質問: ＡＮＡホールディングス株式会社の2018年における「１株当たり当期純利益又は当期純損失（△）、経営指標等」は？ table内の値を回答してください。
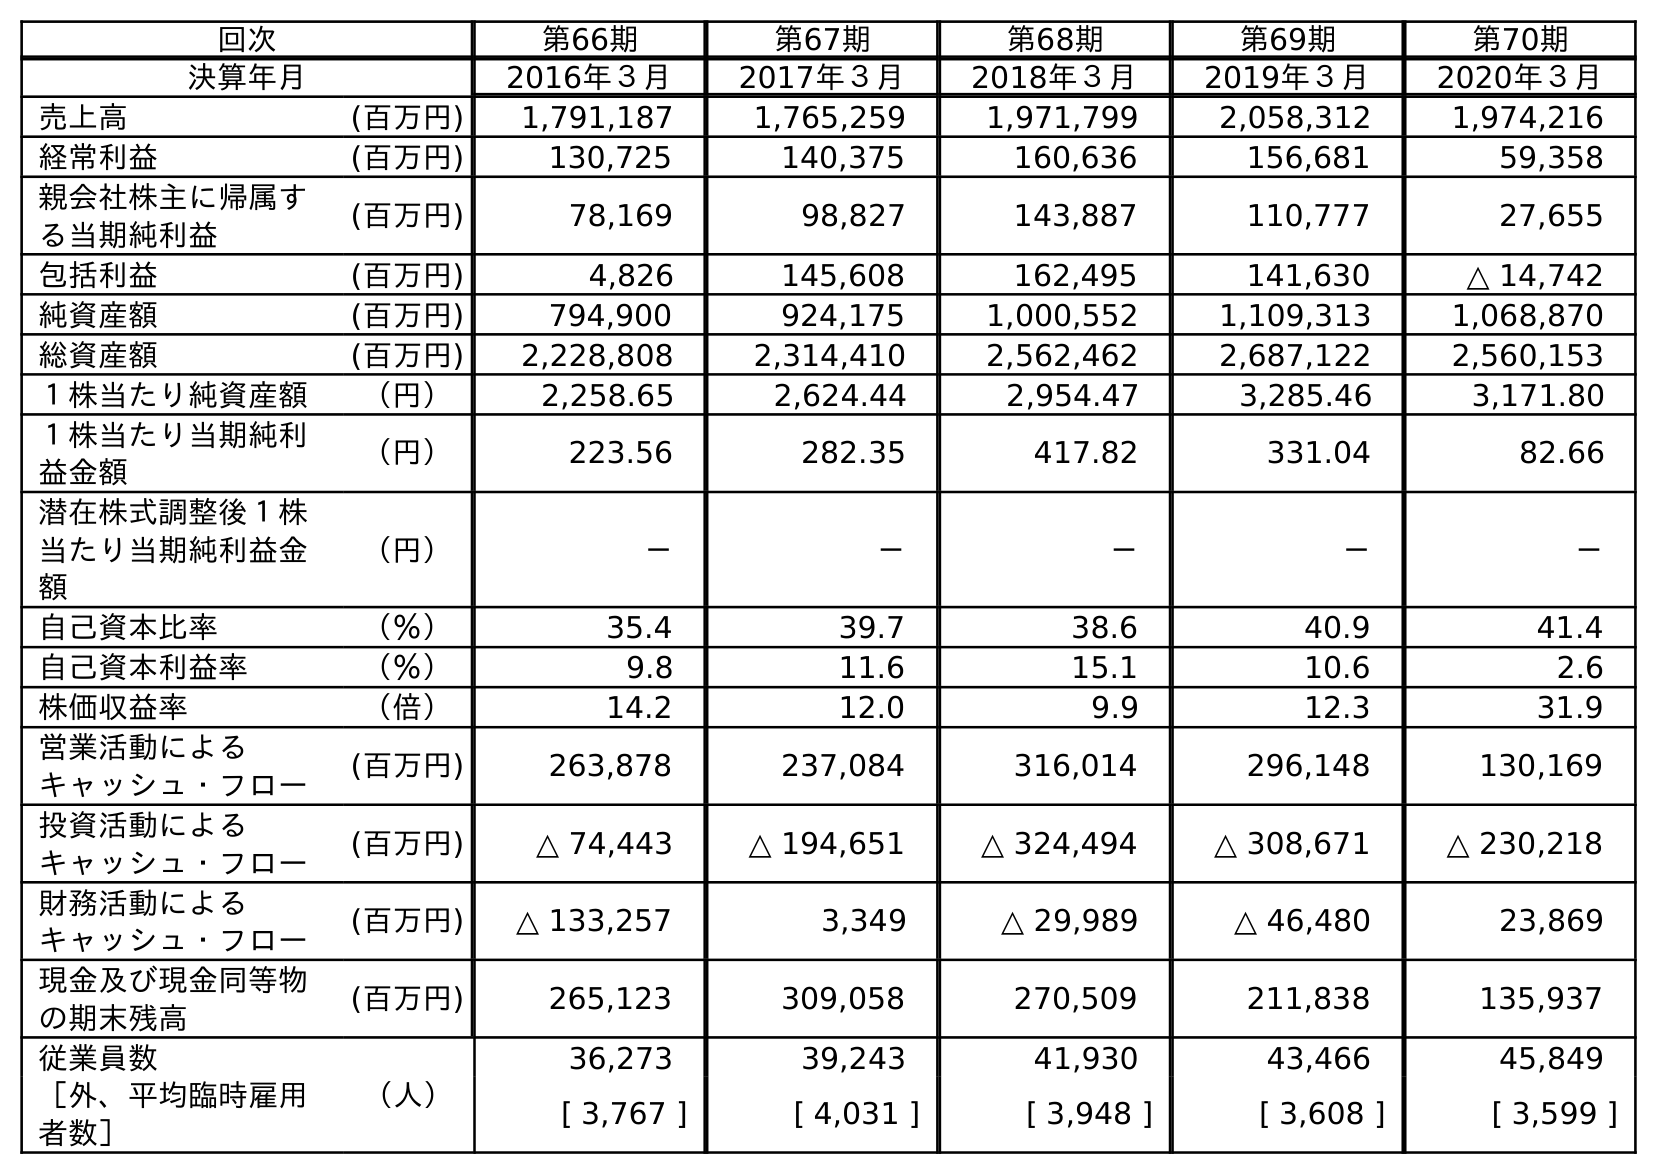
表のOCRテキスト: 回次 第66期 第67期 第68期 第69期 第70期 決算年月 2016年３月 2017年３月 2018年３月 2019年３月 2020年３月 売上高 (百万円) 1,791,187 1,765,259 1,971,799 2,058,312 1,974,216 経常利益 (百万円) 130,725 140,375 160,636 156,681 59,358 親会社株主に帰属す る当期純利益 (百万円) 78,169 98,827 143,887 110,777 27,655 包括利益 (百万円) 4,826 145,608 162,495 141,630 △ 14,742 純資産額 (百万円) 794,900 924,175 1,000,552 1,109,313 1,068,870 総資産額 (百万円) 2,228,808 2,314,410 2,562,462 2,687,122 2,560,153 １株当たり純資産額 （円） 2,258.65 2,624.44 2,954.47 3,285.46 3,171.80 １株当たり当期純利 益金額 （円） 223.56 282.35 417.82 331.04 82.66 潜在株式調整後１株 当たり当期純利益金 額 （円） － － － － － 自己資本比率 （％） 35.4 39.7 38.6 40.9 41.4 自己資本利益率 （％） 9.8 11.6 15.1 10.6 2.6 株価収益率 （倍） 14.2 12.0 9.9 12.3 31.9 営業活動による キャッシュ・フロー (百万円) 263,878 237,084 316,014 296,148 130,169 投資活動による キャッシュ・フロー (百万円) △ 74,443 △ 194,651 △ 324,494 △ 308,671 △ 230,218 財務活動による キャッシュ・フロー (百万円) △ 133,257 3,349 △ 29,989 △ 46,480 23,869 現金及び現金同等物 の期末残高 (百万円) 265,123 309,058 270,509 211,838 135,937 従業員数 （人） 36,273 39,243 41,930 43,466 45,849 ［外、平均臨時雇用 者数］ [ 3,767 ] [ 4,031 ] [ 3,948 ] [ 3,608 ] [ 3,599 ]
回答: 417.82